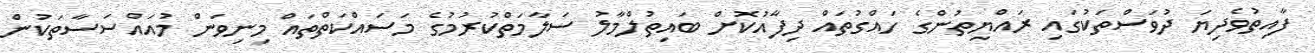
ފާއިތުވެދިޔަ ދުވަސްތަކުގައި ރައްޔިތުންގެ ހައްގުތައް ދިފާއުކޮށް ބައިތުލްމާލު ސަލާމަތްކުރުމުގެ މަސައްކަތްތައް މިނިވަން މުއައްސަސާތަކުން